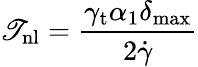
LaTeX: \mathscr{T}_{\mathrm{{nl}}}=\frac{{\gamma_{\mathrm{{t}}}\alpha_{1}\delta_{\mathrm{{max}}}}}{{2\dot{{\gamma}}}}